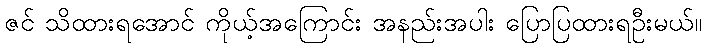
ဇင် သိထားရအောင် ကိုယ့်အကြောင်း အနည်းအပါး ပြောပြထားရဦးမယ်။